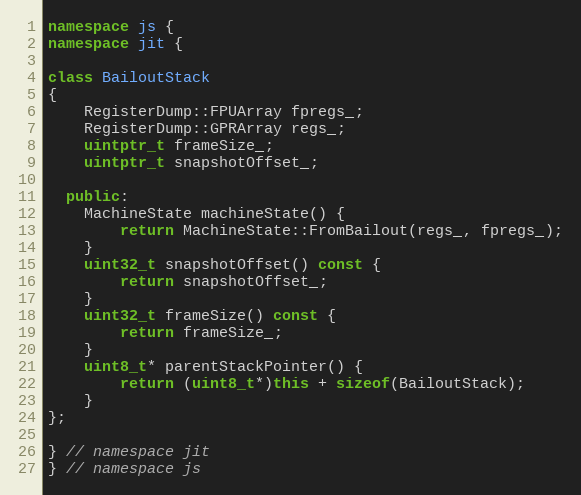
Language: C++
namespace js {
namespace jit {

class BailoutStack
{
    RegisterDump::FPUArray fpregs_;
    RegisterDump::GPRArray regs_;
    uintptr_t frameSize_;
    uintptr_t snapshotOffset_;

  public:
    MachineState machineState() {
        return MachineState::FromBailout(regs_, fpregs_);
    }
    uint32_t snapshotOffset() const {
        return snapshotOffset_;
    }
    uint32_t frameSize() const {
        return frameSize_;
    }
    uint8_t* parentStackPointer() {
        return (uint8_t*)this + sizeof(BailoutStack);
    }
};

} // namespace jit
} // namespace js